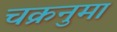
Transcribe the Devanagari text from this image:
चक्रनुमा